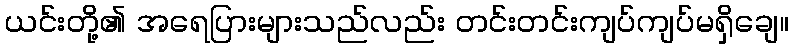
ယင်းတို့၏ အရေပြားများသည်လည်း တင်းတင်းကျပ်ကျပ်မရှိချေ။